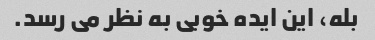
بله، این ایده خوبی به نظر می رسد.